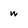
Character: w